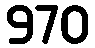
970